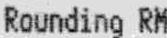
ROUNDING RM